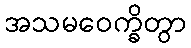
အသမဝေက္ခိတွာ